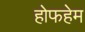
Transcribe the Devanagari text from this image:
होफहेम